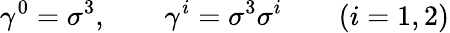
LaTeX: \gamma^{0}=\sigma^{3},\qquad\gamma^{i}=\sigma^{3}\sigma^{i}\qquad(i=1,2)